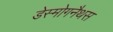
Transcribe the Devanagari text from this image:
डेस्मोगनैथस